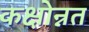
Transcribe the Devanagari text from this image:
कक्षोन्नत